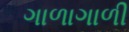
ગાળાગાળી